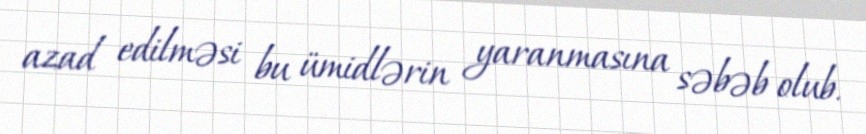
azad edilməsi bu ümidlərin yaranmasına səbəb olub.